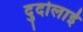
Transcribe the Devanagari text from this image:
दुदोलाई